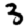
Digit: 3